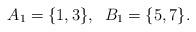
LaTeX: \begin{align*}A_1=\{1,3\}, \;\; B_1=\{5,7\}.\end{align*}